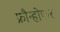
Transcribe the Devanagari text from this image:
फ्रौन्होफर